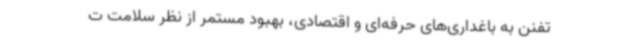
تفنن به باغداری‌های حرفه‌ای و اقتصادی، بهبود مستمر از نظر سلامت ت